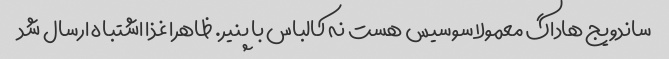
ساندویج هاداگ معمولا سوسیس هست نه کالباس با پنیر. ظاهرا غذا اشتباه ارسال شد